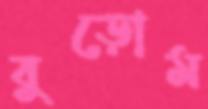
বুড়োম